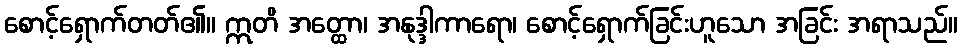
စောင့်ရှောက်တတ်၏။ ဣတိ အတ္ထော၊ အနုဒ္ဒါကာရော၊ စောင့်ရှောက်ခြင်းဟူသော အခြင်း အရာသည်။